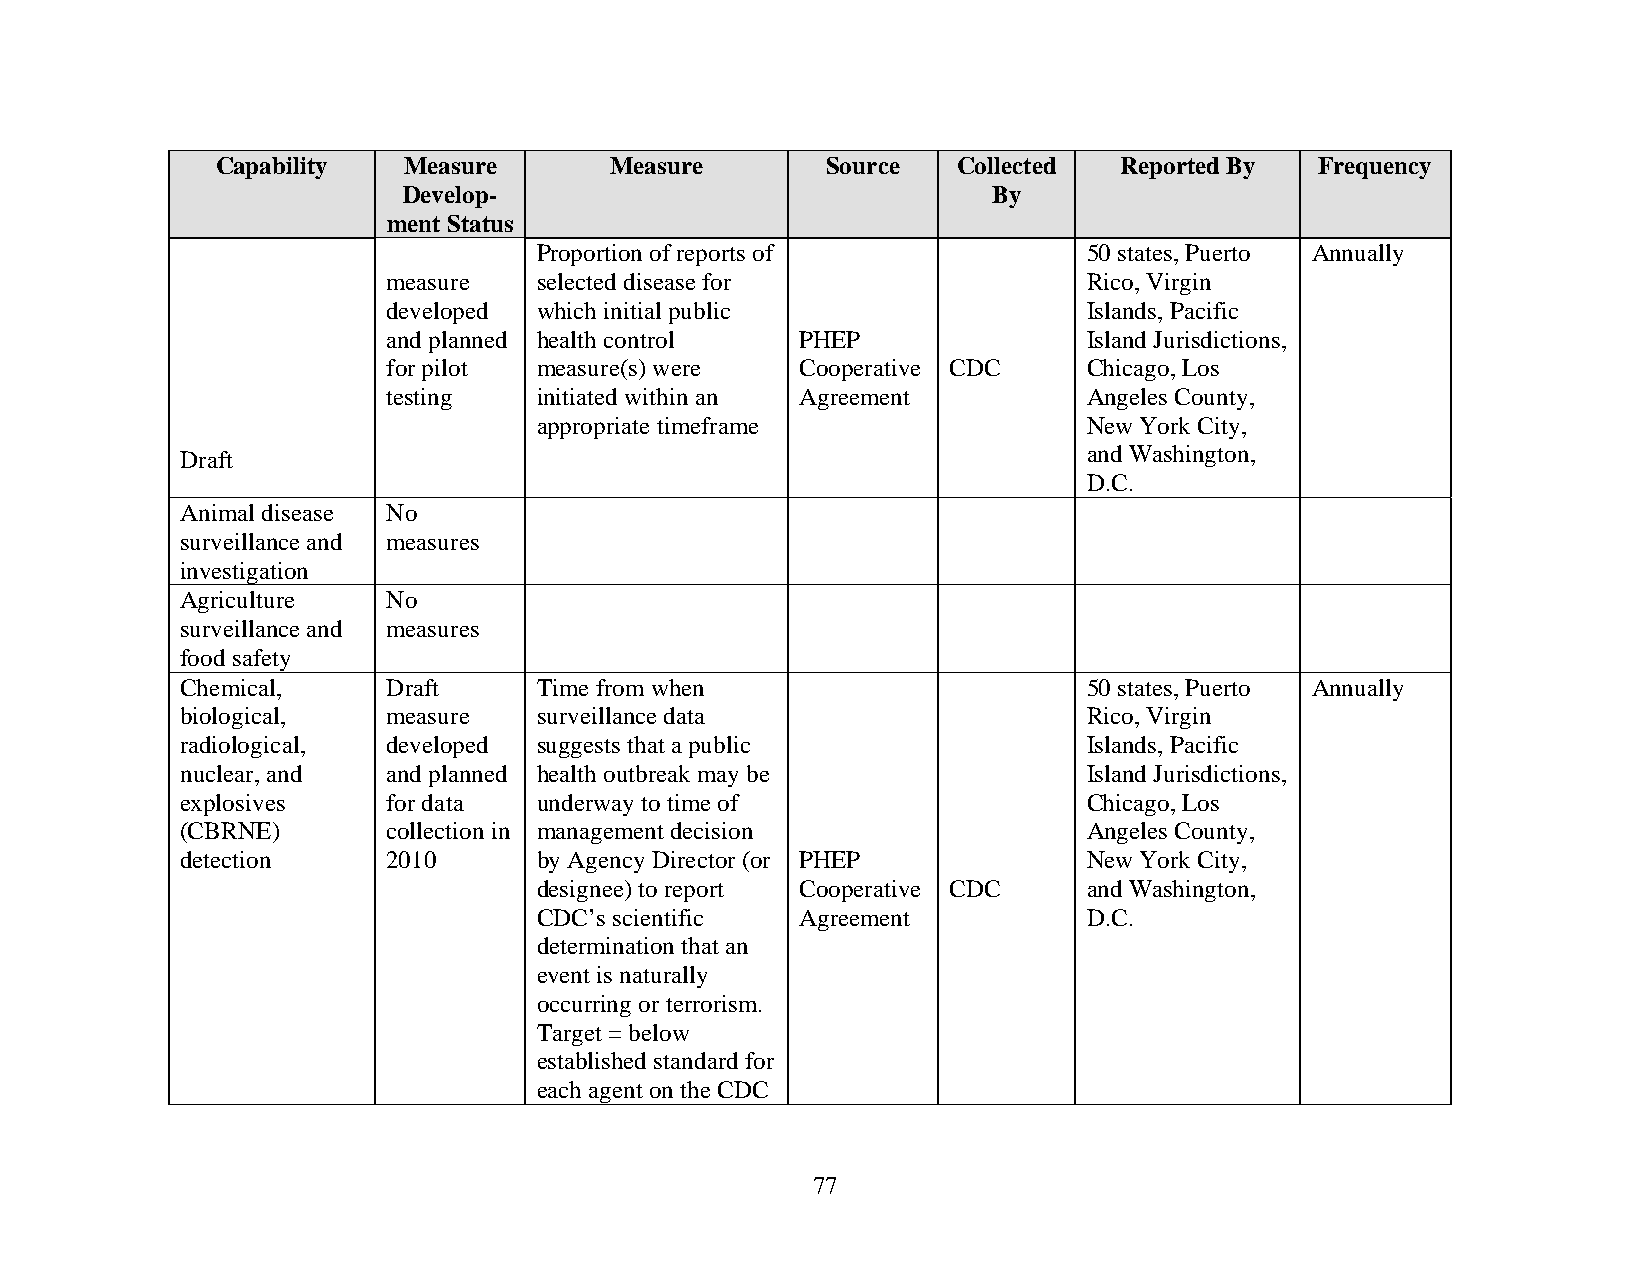
Capability   Measure      Measure        Source  Collected  Reported By  Frequency
 Develop-                               By
 ment Status
 Proportion of reports of            50 states, Puerto Annually
 measure   selected disease for                Rico, Virgin
 developed which initial public                Islands, Pacific
 and planned health control PHEP               Island Jurisdictions,
 for pilot measure(s) were  Cooperative CDC    Chicago, Los
 testing   initiated within an Agreement       Angeles County,
 appropriate timeframe               New York City,
 Draft                                                       and Washington,
 D.C.
 Animal disease No
 surveillance and measures
 investigation
 Agriculture   No
 surveillance and measures
 food safety
 Chemical,     Draft     Time from when                      50 states, Puerto Annually
 biological,   measure   surveillance data                   Rico, Virgin
 radiological, developed suggests that a public              Islands, Pacific
 nuclear, and  and planned health outbreak may be            Island Jurisdictions,
 explosives    for data  underway to time of                 Chicago, Los
 (CBRNE)       collection in management decision             Angeles County,
 detection     2010      by Agency Director (or PHEP         New York City,
 designee) to report Cooperative CDC and Washington,
 CDC’s scientific Agreement          D.C.
 determination that an
 event is naturally
 occurring or terrorism.
 Target = below
 established standard for
 each agent on the CDC
 77